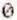
0